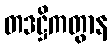
တဒဋ္ဌိကတွာန